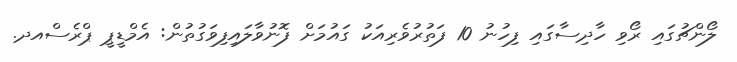
ލޯންޗުގައި ރޯވި ހާދިސާގައި ފިހުނު 10 ފަތުރުވެރިއަކު ގައުމަށް ފޮނުވާލައިފިވަގުތުން: އެމްޑީޕީ ޕްރެސްއދ.